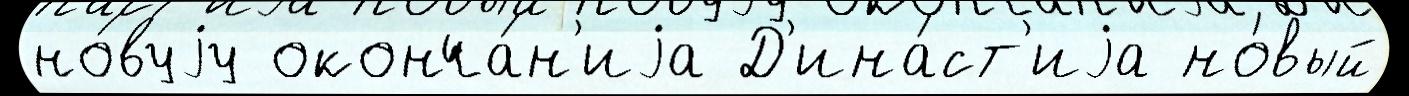
но́вуjу оконча́н'иjа Д'ина́ст'иjа но́вый